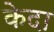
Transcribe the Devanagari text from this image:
केदा